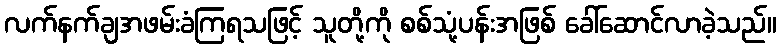
လက်နက်ချအဖမ်းခံကြရသဖြင့် သူတို့ကို စစ်သုံ့ပန်းအဖြစ် ခေါ်ဆောင်လာခဲ့သည်။